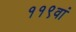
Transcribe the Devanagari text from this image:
११९वां